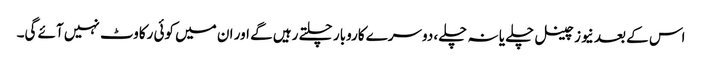
اس کے بعد نیوز چینل چلے یا نہ چلے، دوسرے کاروبار چلتے رہیں گے اور ان میں کوئی رکاوٹ نہیں آئے گی۔